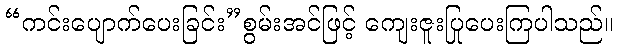
“ကင်းပျောက်ပေးခြင်း”စွမ်းအင်ဖြင့် ကျေးဇူးပြုပေးကြပါသည်။